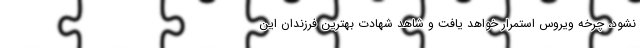
نشود، چرخه ویروس استمرار خواهد یافت و شاهد شهادت بهترین فرزندان این